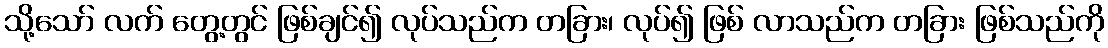
သို့သော် လက် တွေ့တွင် ဖြစ်ချင်၍ လုပ်သည်က တခြား၊ လုပ်၍ ဖြစ် လာသည်က တခြား ဖြစ်သည်ကို